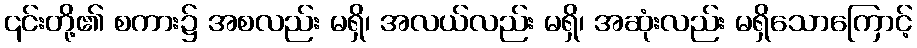
၎င်းတို့၏ စကား၌ အစလည်း မရှိ၊ အလယ်လည်း မရှိ၊ အဆုံးလည်း မရှိသောကြောင့်